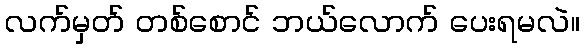
လက်မှတ် တစ်စောင် ဘယ်လောက် ပေးရမလဲ။